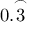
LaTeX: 0 . { \overset { \frown } { 3 } }